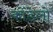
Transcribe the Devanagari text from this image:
कोंडेलो